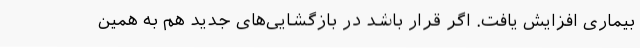
بیماری افزایش یافت. اگر قرار باشد در بازگشایی‌های جدید هم به همین